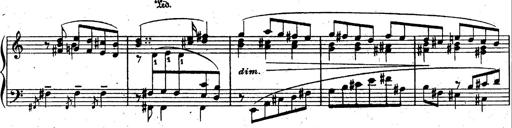
Title: God Save the Queen
Composer: Charles LÃ©on Hess
Key: A major